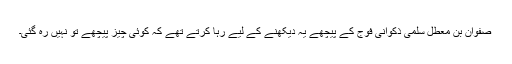
صفوان بن معطل سلمی ذکوانی فوج کے پیچھے یہ دیکھنے کے لیے رہا کرتے تھے کہ کوئی چیز پیچھے تو نہیں رہ گئی۔